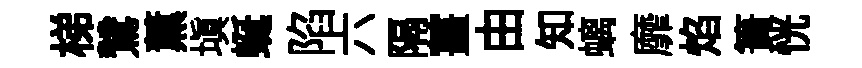
梯鷥薫填蜒陷六隔薑由知螭靡焰簣恍